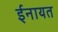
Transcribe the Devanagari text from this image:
ईनायत